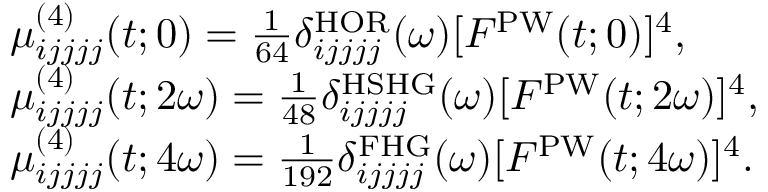
\begin{array} { r l } & { \mu _ { i j j j j } ^ { ( 4 ) } ( t ; 0 ) = \frac { 1 } { 6 4 } \delta _ { i j j j j } ^ { \mathrm { H O R } } ( \omega ) [ F ^ { \mathrm { P W } } ( t ; 0 ) ] ^ { 4 } , } \\ & { \mu _ { i j j j j } ^ { ( 4 ) } ( t ; 2 \omega ) = \frac { 1 } { 4 8 } \delta _ { i j j j j } ^ { \mathrm { H S H G } } ( \omega ) [ F ^ { \mathrm { P W } } ( t ; 2 \omega ) ] ^ { 4 } , } \\ & { \mu _ { i j j j j } ^ { ( 4 ) } ( t ; 4 \omega ) = \frac { 1 } { 1 9 2 } \delta _ { i j j j j } ^ { \mathrm { F H G } } ( \omega ) [ F ^ { \mathrm { P W } } ( t ; 4 \omega ) ] ^ { 4 } . } \end{array}